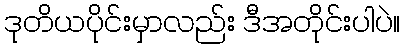
ဒုတိယပိုင်းမှာလည်း ဒီအတိုင်းပါပဲ။